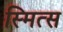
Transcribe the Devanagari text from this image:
स्मित्स